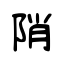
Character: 陗